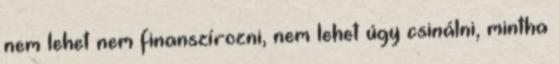
nem lehet nem finanszírozni, nem lehet úgy csinálni, mintha